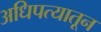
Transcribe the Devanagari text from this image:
अधिपत्यातून